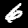
Label: 6